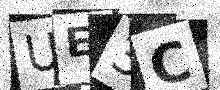
Text: UE3C